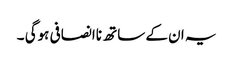
یہ ان کے ساتھ ناانصافی ہوگی ۔